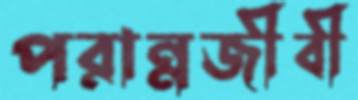
পরান্নজীবী